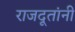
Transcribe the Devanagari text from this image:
राजदूतांनी